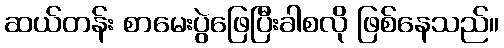
ဆယ်တန်း စာမေးပွဲဖြေပြီးခါစလို ဖြစ်နေသည်။